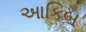
આકિબ